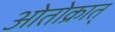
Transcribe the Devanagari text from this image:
ओतोक्रात्